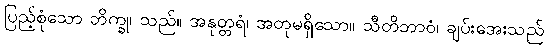
ပြည့်စုံသော ဘိက္ခု၊ သည်။ အနုတ္တရံ၊ အတုမရှိသော။ သီတိဘာဝံ၊ ချပ်းအေးသည်